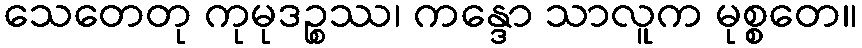
သေတေတု ကုမုဒဉ္စဿ၊ ကန္ဒော သာလူက မုစ္စတေ။